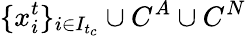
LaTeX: \{ x_{i}^{t}\} _{i\in I_{t_{c}}}\cup C^{A}\cup C^{N}